Bréfritari: Guðný Jónsdóttir
Viðtakandi: Jón Borgfirðingur
Dagsetning: A-1888-04-17
Skrifað á: Höfn
Dóttir Jóns Borgfirðings

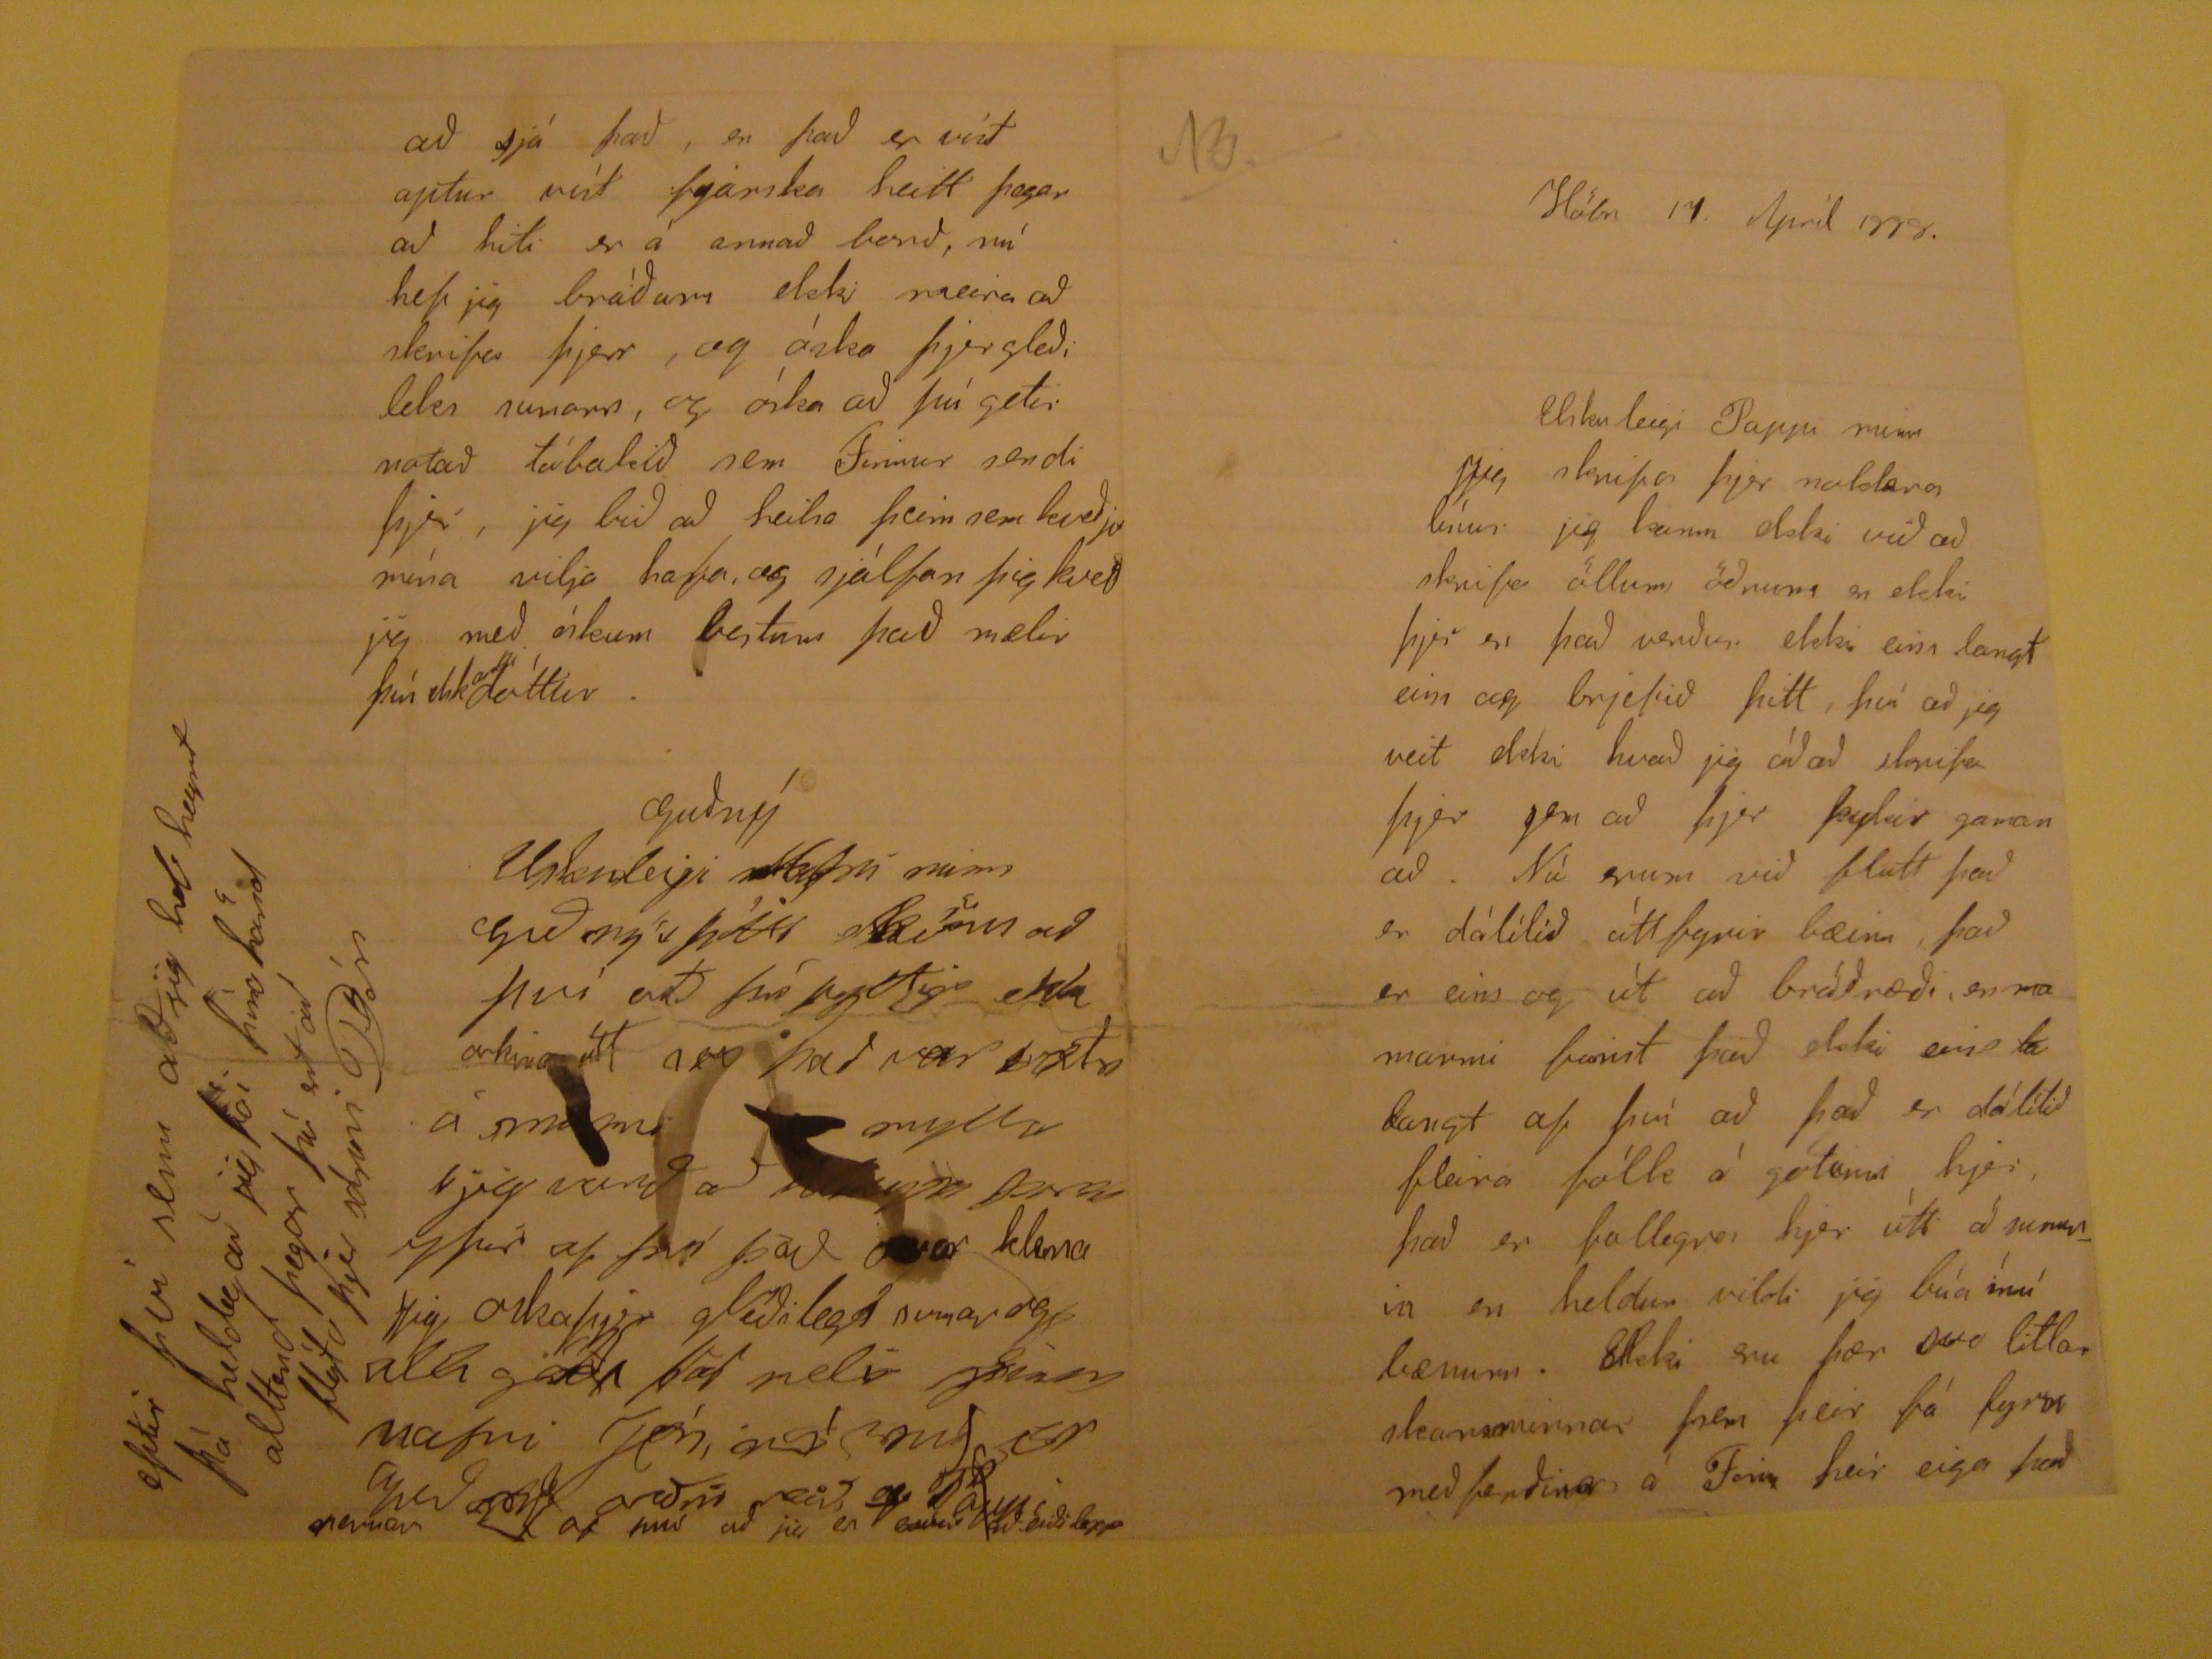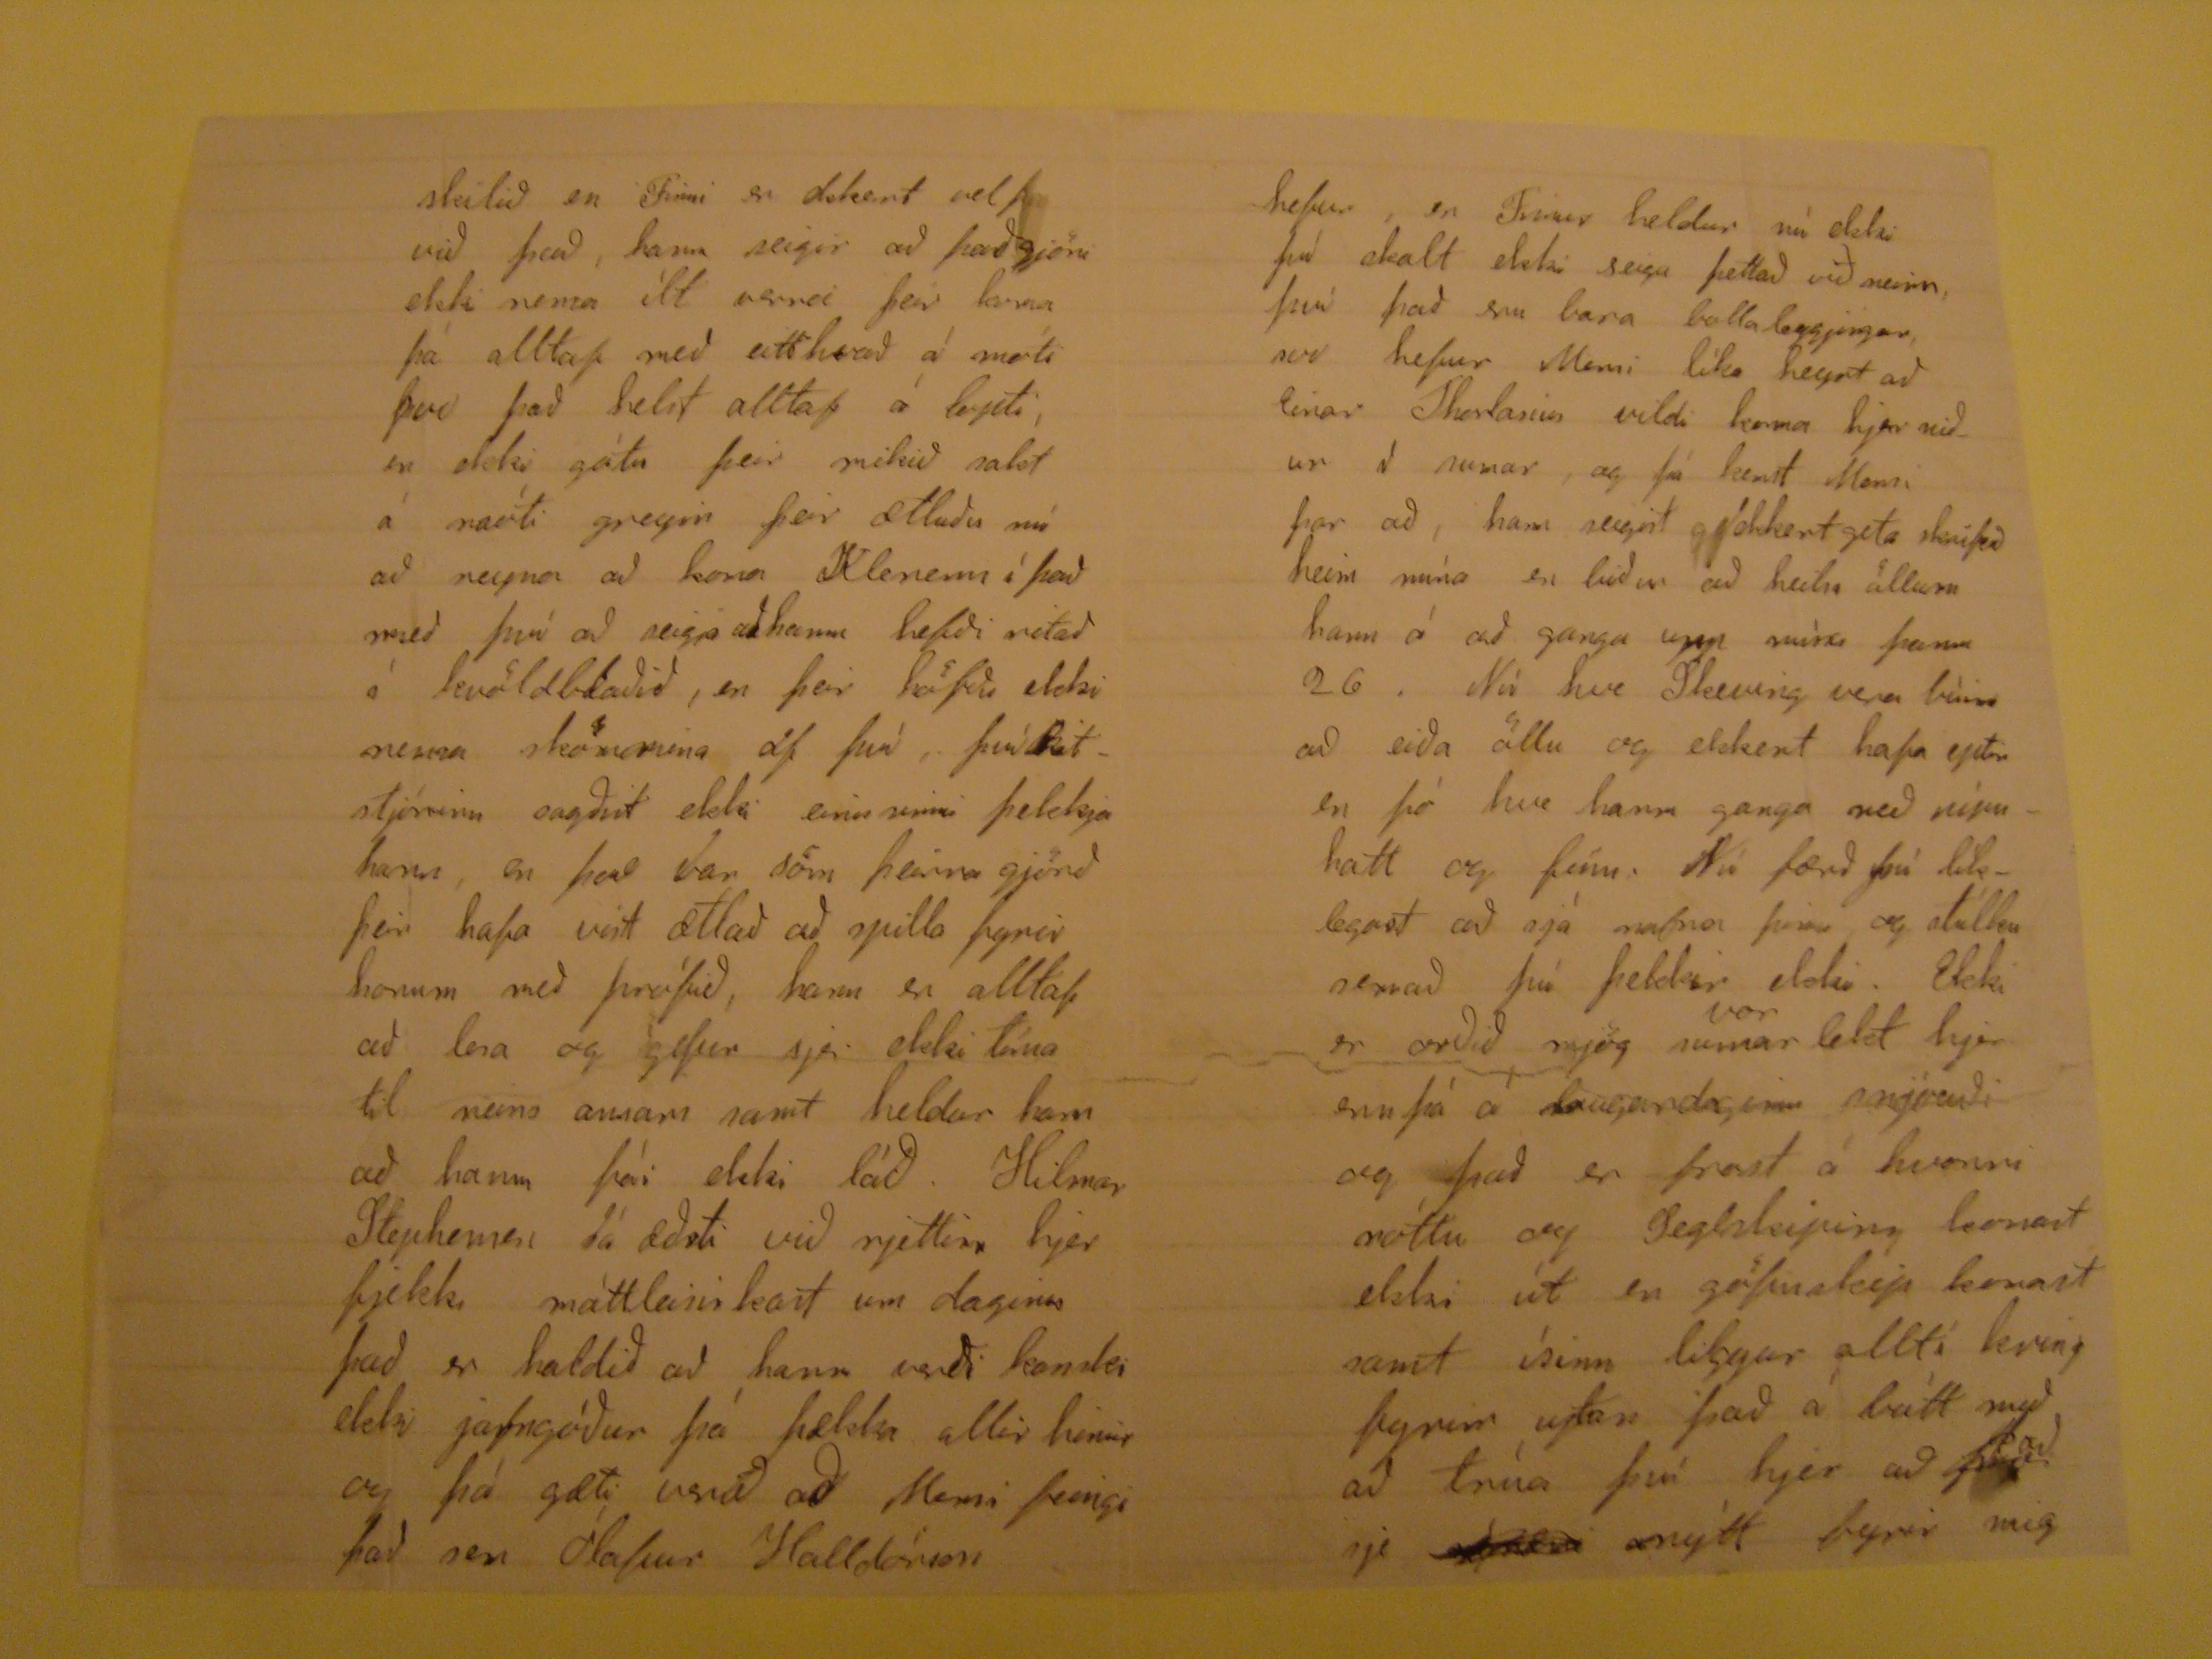

Höbn 17. Apríl 1888.
Elskuleigi Pappi minn
Jeg skrifa þjer nokkra línur jeg kann ekki vid ad skrifa öllum ödrum en ekki þjer en þad verdur ekki eins langt eins og brjefid þitt, því ad jeg veit ekki hvad jeg ád ad skrifa þjer sem ad þjer þydir gaman ad. Nú num vid flutt þad er dálítid útt fyrir bæinn, þad er eins og út ad brádrædi, enma manni finnst þad ekki eins la langt af því ad þad er dálítid fleira fólk á götum hjer, þad er fallegra hjer úti ad sumrin en heldur vildi jeg búa ínní bænum.
Steki
eru fær svo litla skammirnar
þeim
þeir fà
first
med ferdina á Fim þeir eiga
skilid en Finni er dokert vel þa vid þad, hann seigir ad þad gjöri ekki nema ìlt nema þeir koma þá alltaf med eitthvad á móti þvi þad Selst alltaf á leidi, en ekki gátu þeir mikid nalst á naúti greyin þeir ætludu nú ad reyna ad koma Klenum ì þad med því ad seigja ad hann hefdi ritad í kvöldbladid, en þeir höfdu ekki nema kön mina af því, því katstjórinn sagdist ekki einu sinni þekkja hann, en þad Var söm þeirra gjörd þeir hafa vit ætlad ad milla fyrir honum med þrúfud, hann er alltaf ad lesa og gefur sja ekki tíma til neins annars samt heldur hann ad hann fái ekki lád . Hilmar Stephennar Sá ædsti vid rjettinn hjer þjekki máttleinileast um daginn þad er haldid ad hann verdi kanski ekki jafngódur þá hækka allir hinir og þá gæti verad ad Manni feingi þad sen Ólafur Halldórson
hefur, en Frinur heldur nú ekki þú skalt ekki seiga þettad vid minn, því þad su bara bollaleggjingar, svo hefur Manni líka heyrt ad Einar Thorlaniu vildi koma lijtir nidur í sumar, og fá kennt Manni þar ad, hann seigist ekkert geta skrifad heim núna en bidur ad heilsa öllum hann á ad ganga upp mìna þann 26. Nù hve Sleiving vera bùin ad eida öllu og ekkert hafa ydir en þó hve hann ganga med pípuhatt og fínn. Nú færd þú líklegast ad sjá nafna þinn og stúlku nemad þú þekkir ekki. Ekki er ordid mjög sumar
vor
lekt hjer ennþá á laugardaginn snjóadi og þad er frost á hverri nóttu og Seglskiin leinast ekki út en gáfnaleiji komast samt ísinn liggur alltí lering fyrir utan þad á látt mid ad trúa því hjer ad þad sje nýtt fyrir mig
ad sjá þad, en þad er við aptur víst samka heitt þegar ad hiti er á annad bord, nú hef jeg brádum ekki meira ad skrifa þjer, og óska þjer gledileki sumann, og óska ad þú getir notad tóbakid sem Finnur sendi þjer, jeg bid ad heilsa þeim sem kvedju mína vilja hafa, og sjálfan þig kved jeg med óskum betur þad mælir þín elskandi dóttur. Guðný